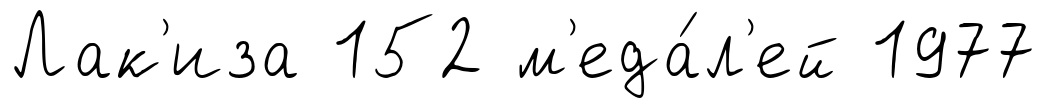
Лак'иза 152 м'еда́л'ей 1977